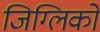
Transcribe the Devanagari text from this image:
जिग्लिको